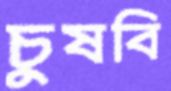
চুষবি